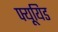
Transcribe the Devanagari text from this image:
फ्यूयिड